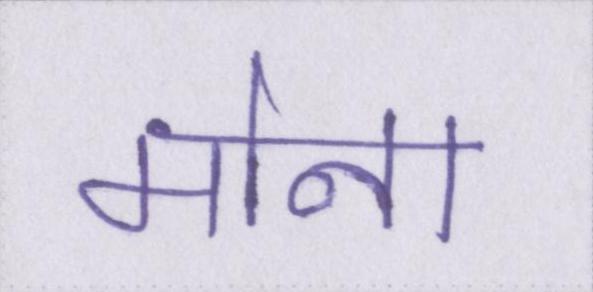
मोना